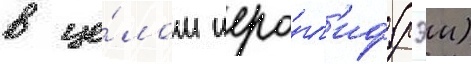
в це́лом иеро́гл'иф (рэи)